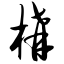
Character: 构